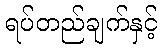
ရပ်တည်ချက်နှင့်